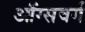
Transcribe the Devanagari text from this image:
ऑग्सवर्ग